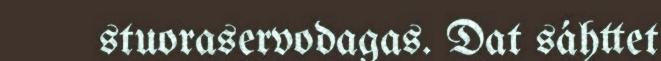
stuoraservodagas. Dat sáhttet